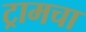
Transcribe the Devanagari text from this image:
ट्रामचा